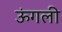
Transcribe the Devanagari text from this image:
ऊंगली